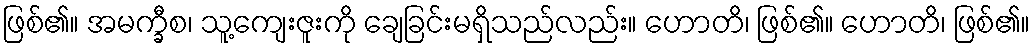
ဖြစ်၏။ အမက္ခီစ၊ သူ့ကျေးဇူးကို ချေခြင်းမရှိသည်လည်း။ ဟောတိ၊ ဖြစ်၏။ ဟောတိ၊ ဖြစ်၏။